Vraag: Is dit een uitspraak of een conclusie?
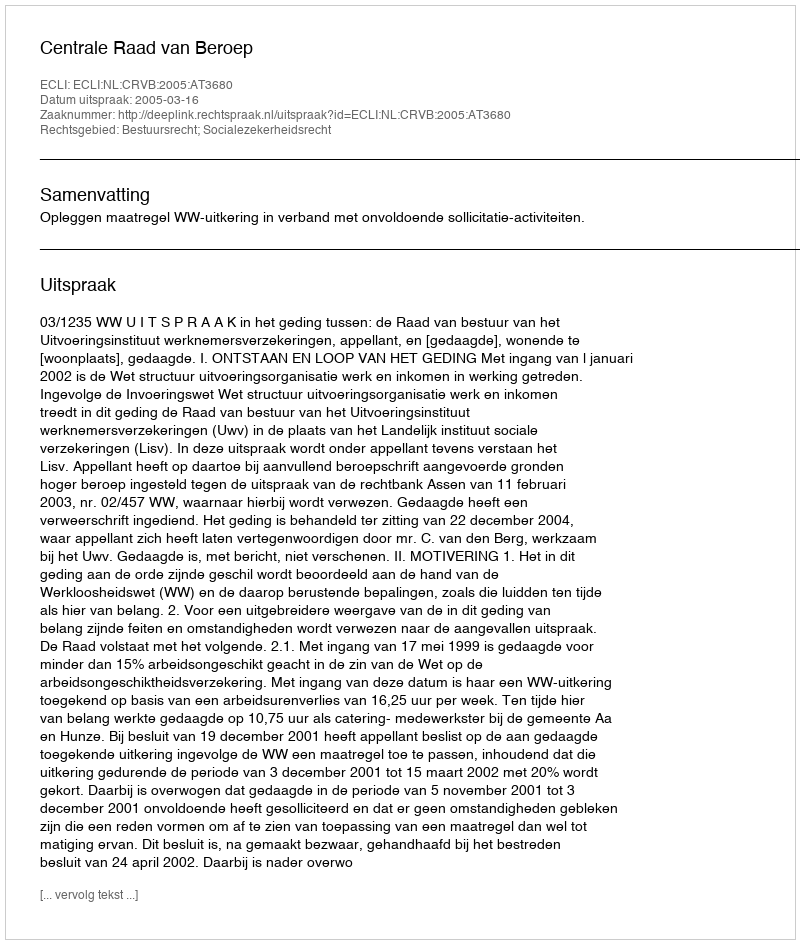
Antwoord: Uitspraak